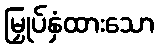
မြှုပ်နှံထားသော